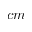
c m